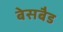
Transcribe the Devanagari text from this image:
बेसबैड